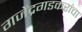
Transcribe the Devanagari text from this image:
गजेंद्रगडकरांचा